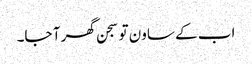
اب کے ساون تو سجن گھر آ جا۔